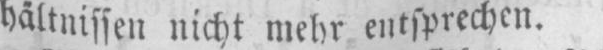
hältnissen nicht mehr entsprechen